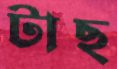
টাছ